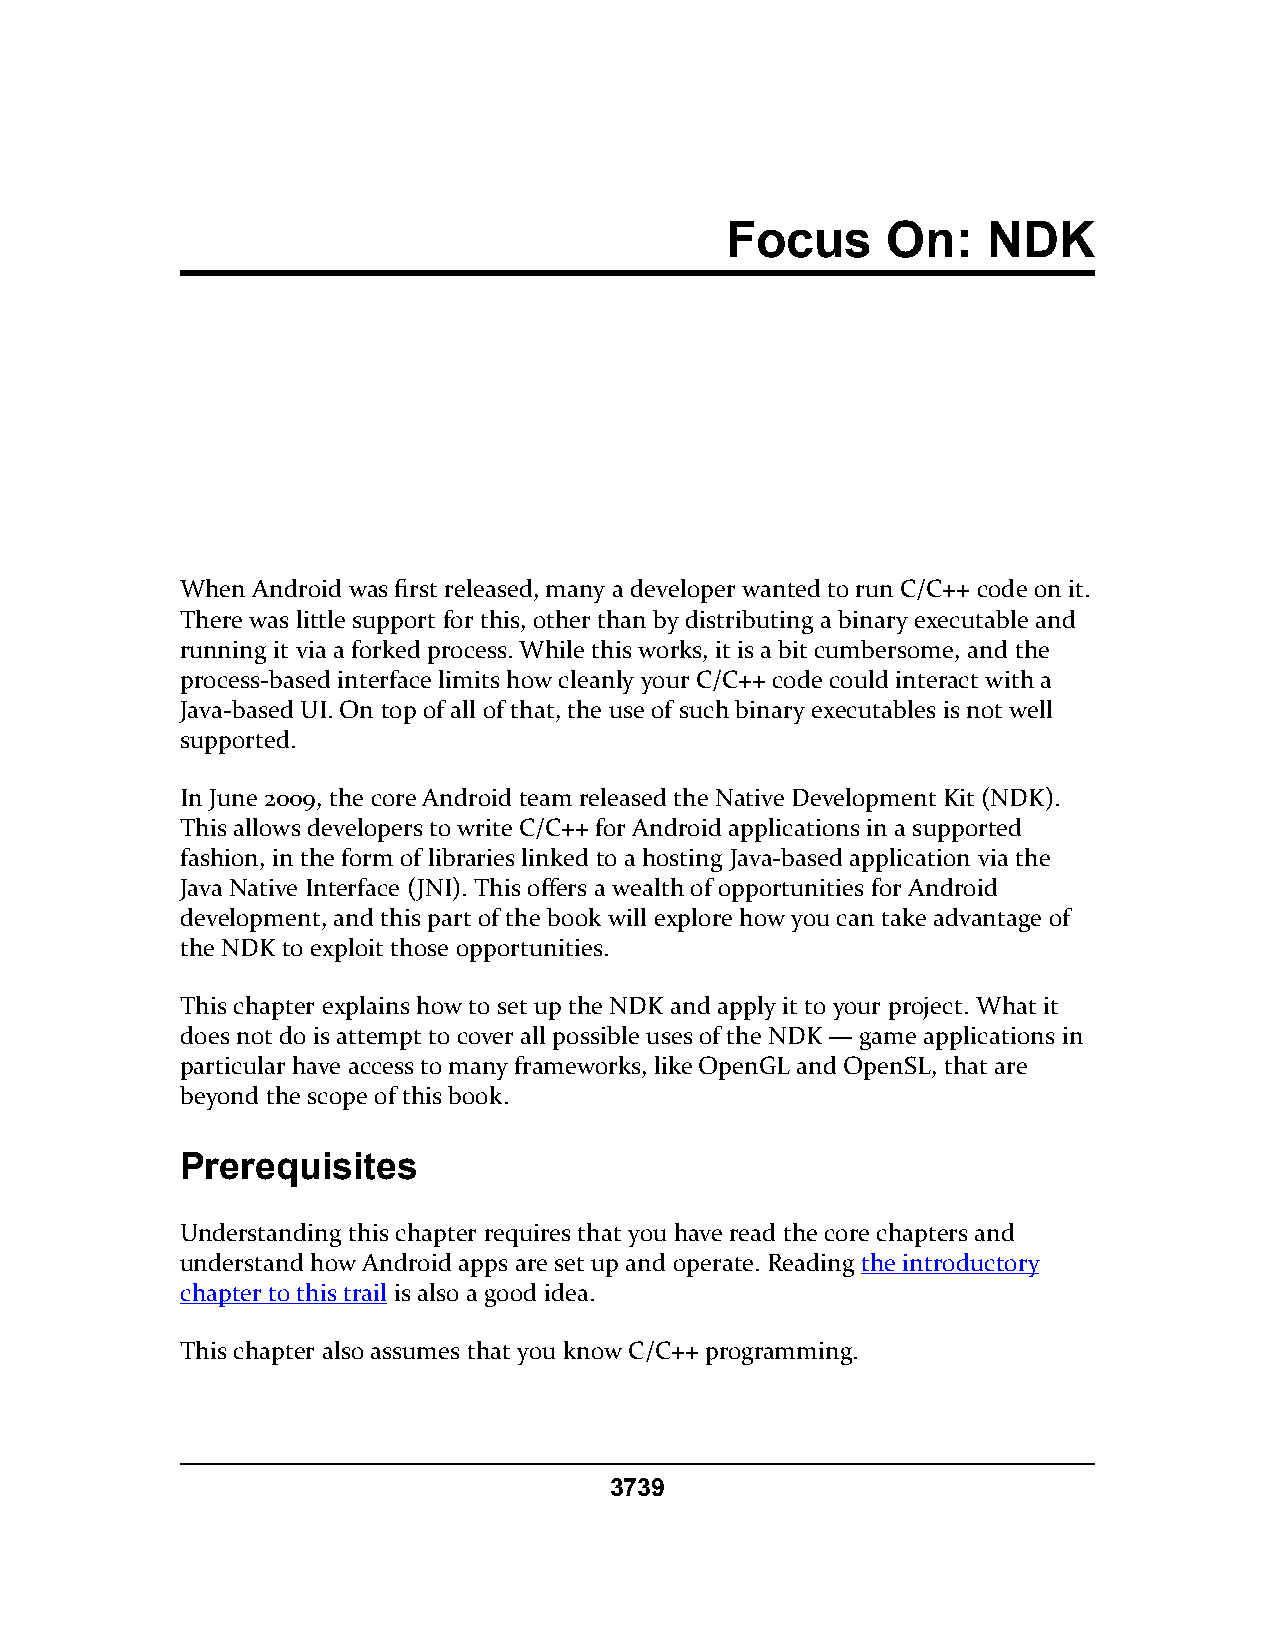
Focus      On:   NDK
 When Android was first released, many a developer wanted to run C/C++ code on it.
 There was little support for this, other than by distributing a binary executable and
 running it via a forked process. While this works, it is a bit cumbersome, and the
 process-based interface limits how cleanly your C/C++ code could interact with a
 Java-based UI. On top of all of that, the use of such binary executables is not well
 supported.
 In June 2009, the core Android team released the Native Development Kit (NDK).
 This allows developers to write C/C++ for Android applications in a supported
 fashion, in the form of libraries linked to a hosting Java-based application via the
 Java Native Interface (JNI). This offers a wealth of opportunities for Android
 development, and this part of the book will explore how you can take advantage of
 the NDK to exploit those opportunities.
 This chapter explains how to set up the NDK and apply it to your project. What it
 does not do is attempt to cover all possible uses of the NDK — game applications in
 particular have access to many frameworks, like OpenGL and OpenSL, that are
 beyond the scope of this book.
 Prerequisites
 Understanding this chapter requires that you have read the core chapters and
 understand how Android apps are set up and operate. Reading the introductory
 chapter to this trail is also a good idea.
 This chapter also assumes that you know C/C++ programming.
 3739